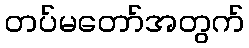
တပ်မတော်အတွက်